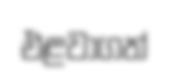
එළවාගත්